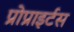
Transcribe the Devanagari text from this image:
प्रोप्राइर्टस